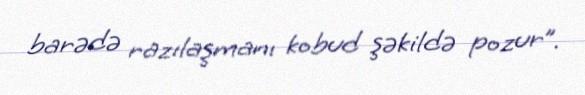
barədə razılaşmanı kobud şəkildə pozur”.